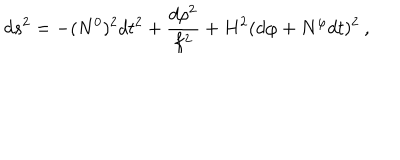
LaTeX: d s ^ { 2 } = - ( N ^ { 0 } ) ^ { 2 } d t ^ { 2 } + \frac { d \rho ^ { 2 } } { f ^ { 2 } } + H ^ { 2 } ( d \varphi + N ^ { \varphi } d t ) ^ { 2 } \: ,